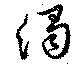
濁